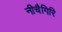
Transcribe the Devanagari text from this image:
नीचैगिरि